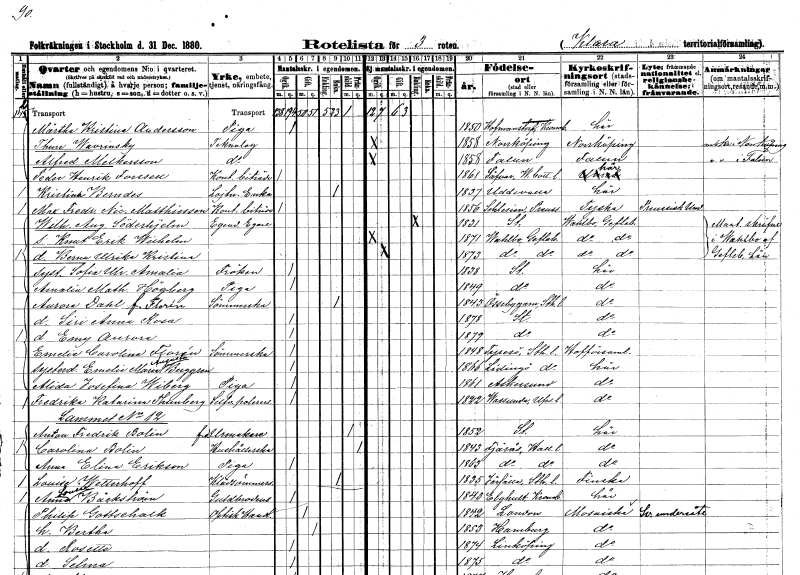
gt_parse: households: individuals: FN: Märtha Kristina
EN: Andersson
YRKE: Piga
KON: K
CIV: O
FODAR: 1850
FODFORS: Hovmantorp Kronobergs län
FN: Thure
EN: Wavrinsky
YRKE: Teknolog
KON: M
CIV: O
FODAR: 1858
FODFORS: Norrköping Östergötlands län
FN: Alfred
EN: Melkersson
YRKE: Teknolog
KON: M
CIV: O
FODAR: 1858
FODFORS: Falun Kopparbergs län
FN: Peder Henrik
EN: Forssell
YRKE: Kontorsbiträde
KON: M
CIV: O
FODAR: 1861
FODFORS: Sävar Västerbottens län
FN: Kristina
EN: Berndes
YRKE: Löjtnantsänka
KON: K
CIV: E
FODAR: 1837
FODFORS: Uddevalla Göteborgs- och Bohuslän
FN: Max Fredrik Nic.
EN: Matthiessen
YRKE: Kontorsbiträde
KON: M
CIV: O
FODAR: 1856
FN: Wilhelm August
EN: Söderhjelm
YRKE: Egendomsägare
KON: M
CIV: E
FODAR: 1831
FODFORS: Stockholm
FN: Knut Erik Wilhelm
KON: M
CIV: O
FODAR: 1871
FODFORS: Valbo Gävleborgs län
FN: Berna Ulrika Kristina
KON: K
CIV: O
FODAR: 1873
FODFORS: Valbo Gävleborgs län
FN: Sofia Ulrika Amalia
KON: K
CIV: O
FODAR: 1838
FODFORS: Stockholm
FN: Amalia Mathilda
EN: Högberg
YRKE: Piga
KON: K
CIV: O
FODAR: 1849
FODFORS: Stockholm
FN: Aurora
EN: Dahl Florén
YRKE: Sömmerska
KON: K
CIV: E
FODAR: 1843
FODFORS: Össeby-Garn Stockholms län
FN: Siri Anna Rosa
KON: K
CIV: O
FODAR: 1878
FODFORS: Stockholm
FN: Emy Aurora
KON: K
CIV: O
FODAR: 1879
FODFORS: Stockholm
FN: Emelie Carolina
EN: Florén
YRKE: Sömmerska
KON: K
CIV: O
FODAR: 1848
FODFORS: Tyresö Stockholms län
FN: Emelie Maria Augusta
EN: Berggren
KON: K
CIV: O
FODAR: 1866
FODFORS: Lidingö Stockholms län
FN: Alida Josefina
EN: Wiberg
YRKE: Piga
KON: K
CIV: O
FODAR: 1861
FODFORS: Askersund Örebro län
FN: Fredrika Katarina
EN: Thunberg
YRKE: Silverpolererska
KON: K
CIV: O
FODAR: 1822
FODFORS: Vassunda Uppsala län
FN: Anton Fredrik
EN: Bolin
YRKE: Urmakare f.d.
KON: M
CIV: X
FODAR: 1852
FODFORS: Stockholm
FN: Carolina
EN: Bolin
YRKE: Hushållerska
KON: K
CIV: X
FODAR: 1843
FODFORS: Fjärås Hallands län
FN: Anna Elina
EN: Erikson
YRKE: Piga
KON: K
CIV: O
FODAR: 1863
FODFORS: Fjärås Hallands län
FN: Louise
EN: Wetterhoff
YRKE: Klädsömmerska
KON: K
CIV: E
FODAR: 1835
FODFORS: Järfälla Stockholms län
FN: Anna Lousie
EN: Bäckström
YRKE: Guldbrodös
KON: K
CIV: O
FODAR: 1843
FODFORS: Älghult Kronobergs län
FN: Philip
EN: Gottsehalk
YRKE: Handlande optisk
KON: M
CIV: G
FODAR: 1842
FN: Bertha
KON: K
CIV: G
FODAR: 1853
FN: Rosette
KON: K
CIV: O
FODAR: 1874
FODFORS: Linköping Östergötlands län
FN: Selma
KON: K
CIV: O
FODAR: 1875
FODFORS: Linköping Östergötlands län